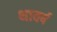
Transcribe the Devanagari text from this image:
थावर्ष